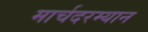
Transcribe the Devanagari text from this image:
मार्चदरम्यान